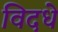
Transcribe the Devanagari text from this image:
विदधे